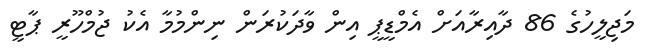
މަޖިލީހުގެ 86 ދާއިރާއަށް އެމްޑީޕީ އިން ވާދަކުރަން ނިންމުމާ އެކު ޖުމްހޫރީ ޕާޓީ